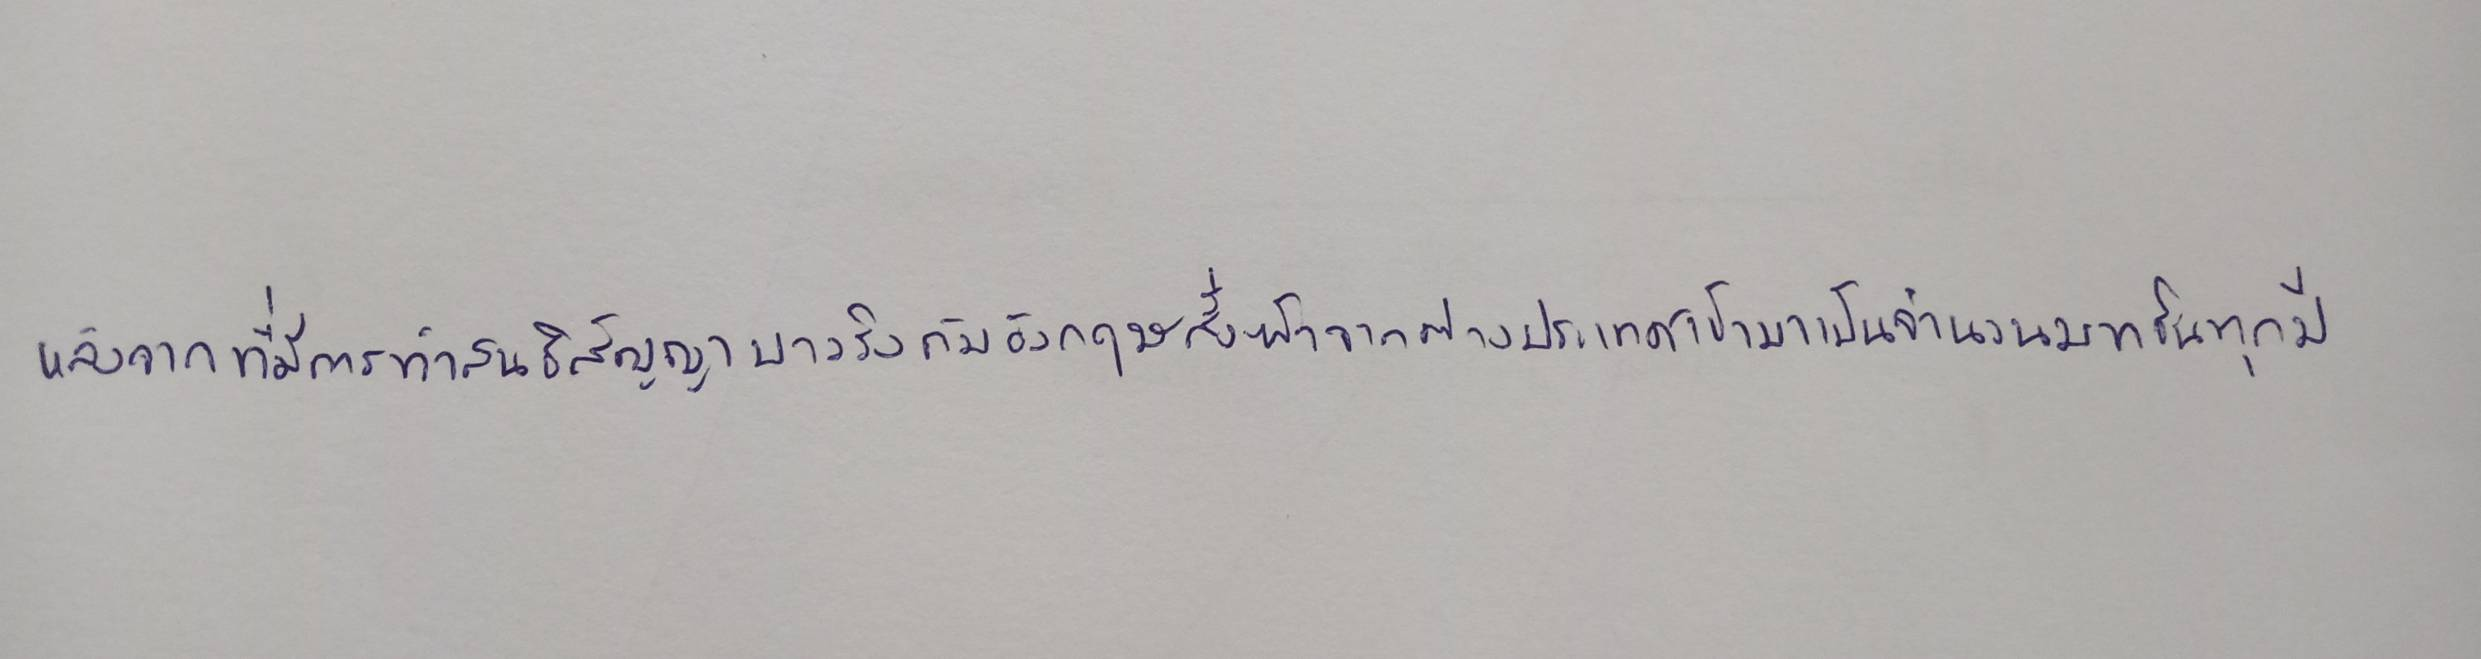
หลังจากที่มีการทำสนธิสัญญาบาวริงกับอังกฤษสั่งผ้าจากต่างประเทศเข้ามาเป็นจำนวนมากขึ้นทุกปี